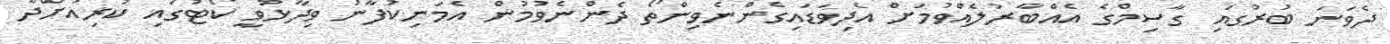
ދެވަނަ ބުރުގައި ގާސިމްގެ އެއްބާރުލެއްވުމަށް އެދިވަޑައިގެންނެވިންތޯ ދެންނެވުމުން އެމަނިކުފާނު ވިދާޅުވީ ކޯޓުގައި ކުރިއަށްދާ